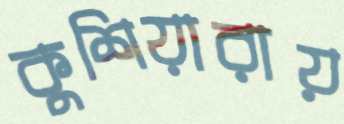
কুশিয়ারায়